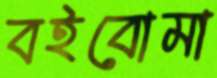
বইবোমা